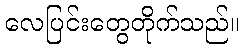
လေပြင်းတွေတိုက်သည်။